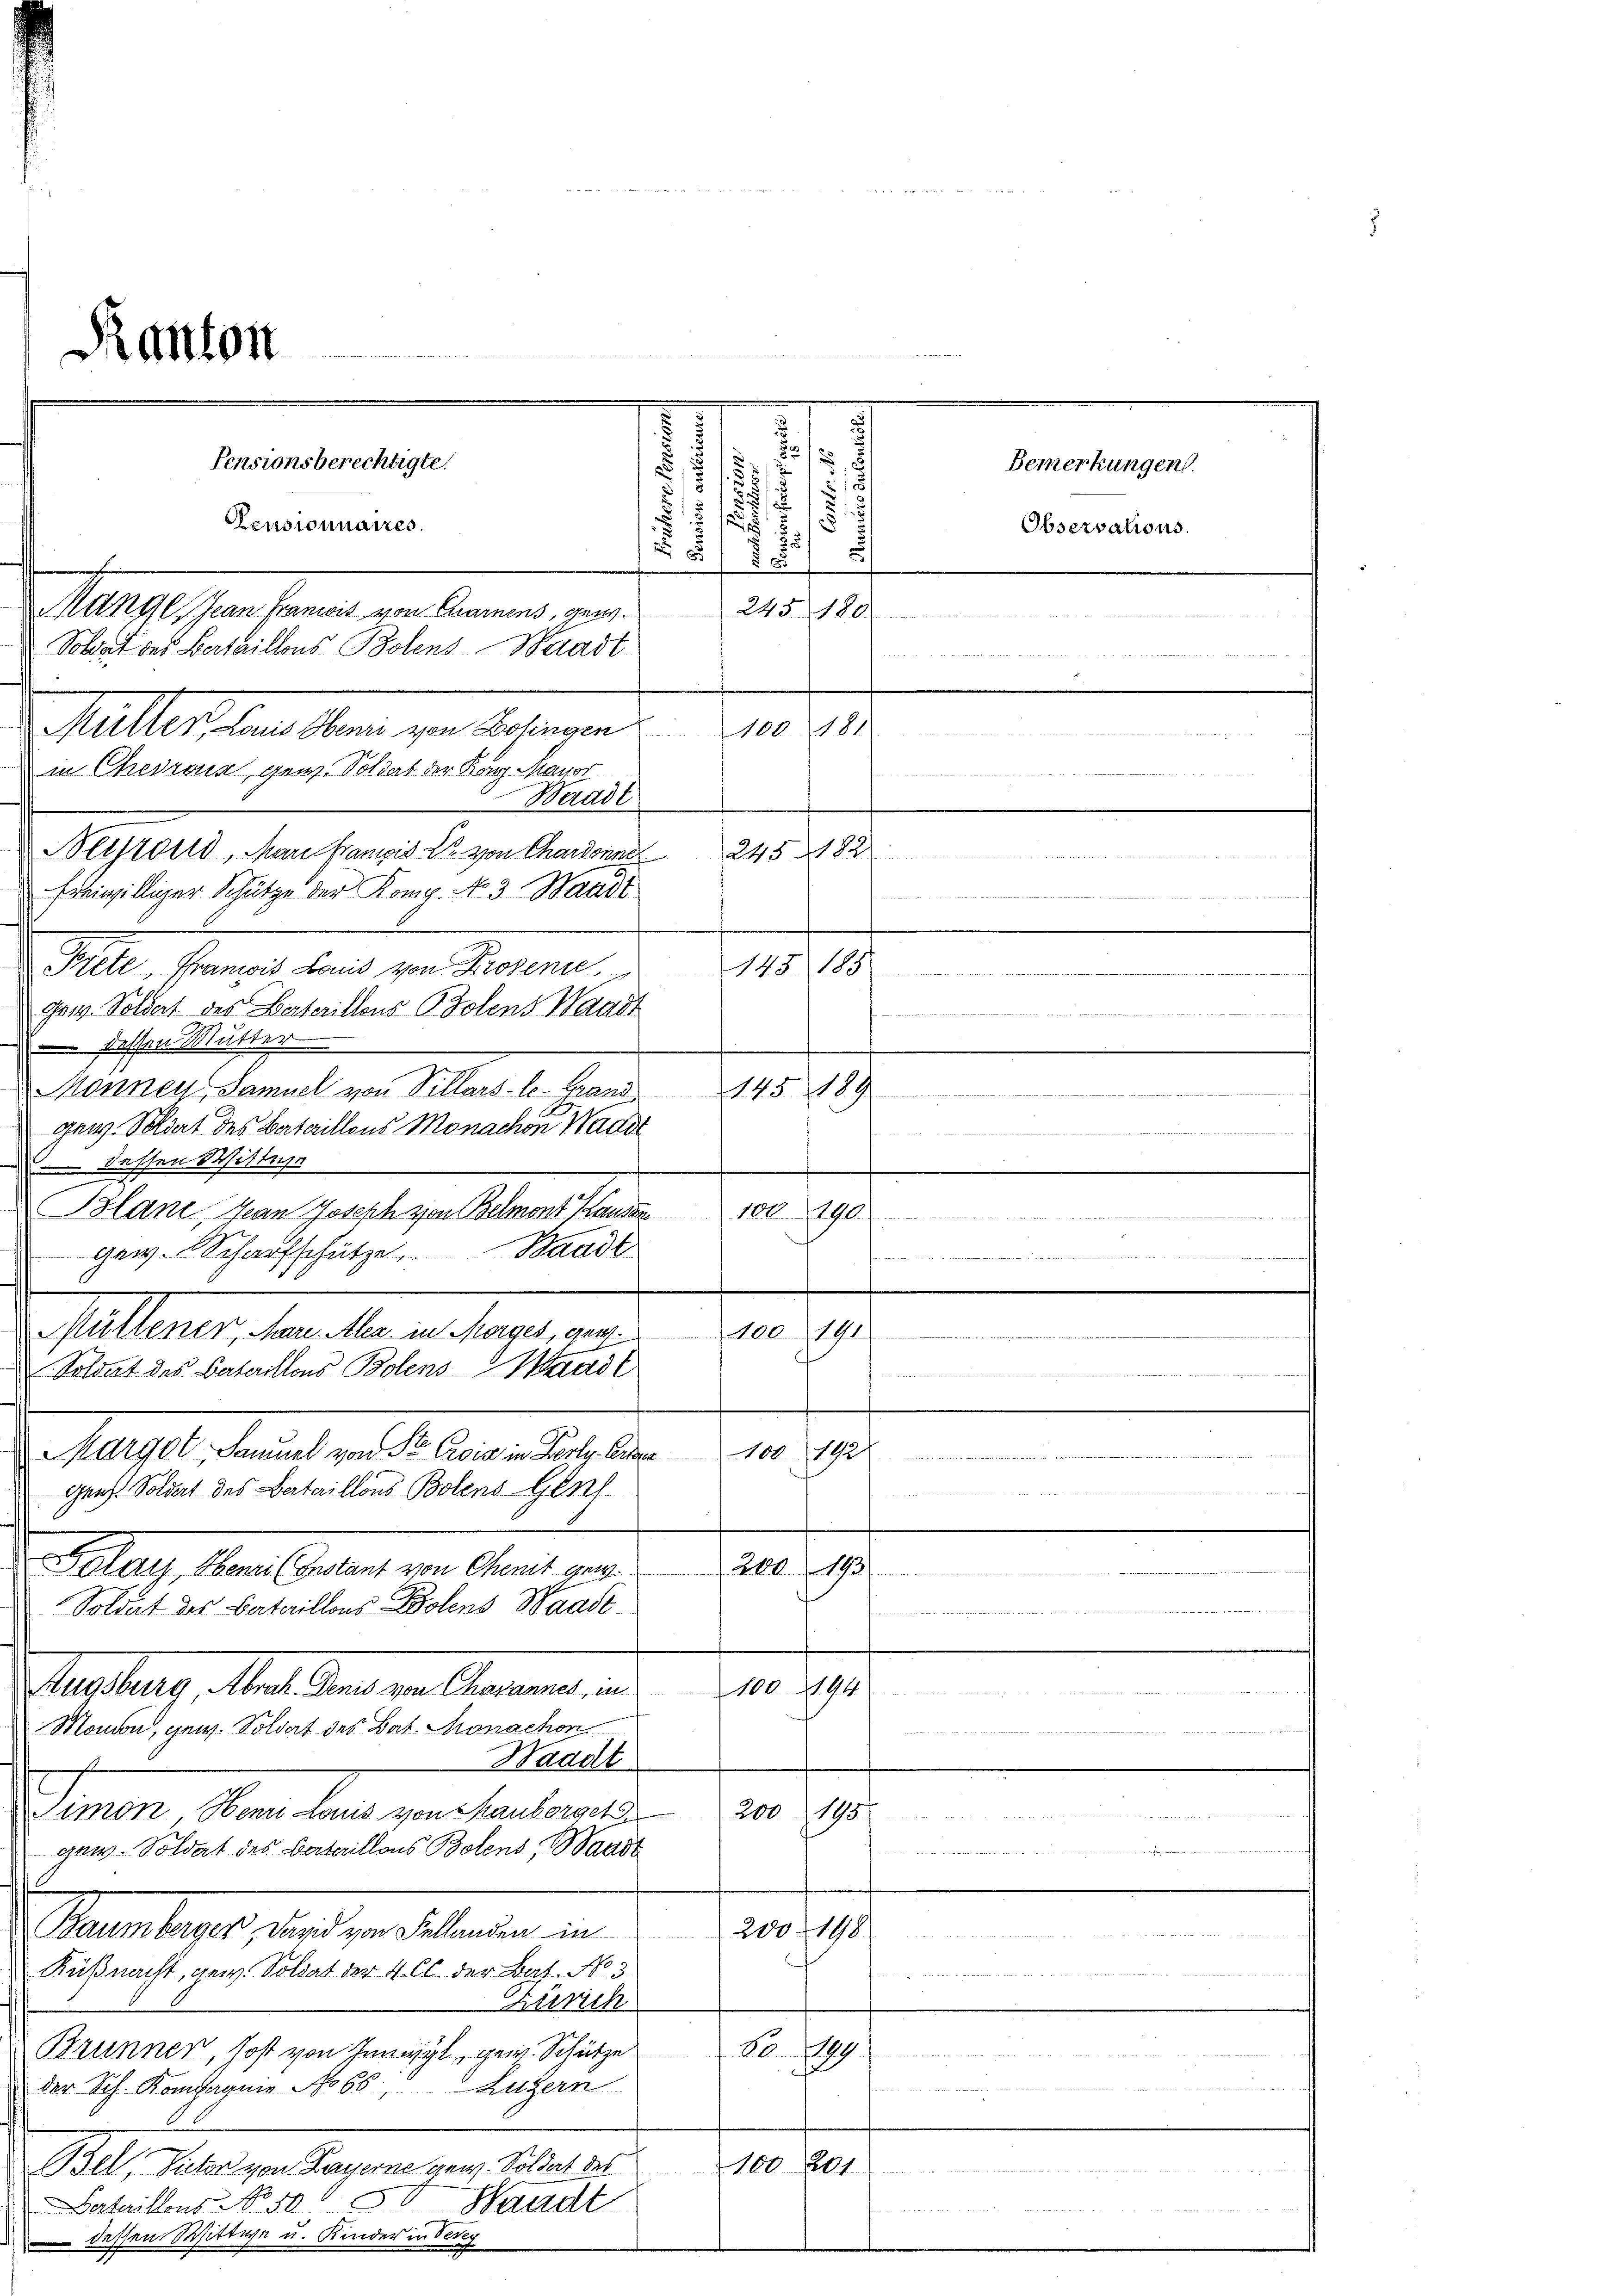
gege

.

Pensionsberechtigte.
Bemerkungen.
u
i
Observations.
.
s

Elter

s

d
de einfachen. Er das eine Recht der Kle
e
 Bitten
1887
Prete, Franzis Land von Prosens 143
get. Soldat des Bataillons Bolens Waadt
.
 dessen Mutter
Monney, Samuel von Villars-le-Grand 145. 189
gen. Soldat des Bataillens Monachen Wadi
.
s
dessen Mittage
Blanc, Jean Joseph von Belmont, Lausan
180. 190.
Waadt
gew. Schaufschütze
Pallerer Mariellenen langt, das
100-191
Soldat des Bataillons Bolens Wandl

Mater belast als einen lassen d. 20. Ju
.
Genf. Soldat des Bataillons Bolens- Genf.
un
.
200. 193
Saar, den Antrag von Gant par
Soldat des Bataillons Bolens Waadt
Augsburg, Abrecht. Denis von Charannes, in 100. 194
Mamon, gew. Soldat des Bat. Monachen

Waadt

Kanton

Simon Henn Louis von Mauborget
gew. Soldat des Bataillons Botens, Waadt
Baernklages, die von Malanten in
Küßnacht, gew. Soldat der 4. Cl. der Bas. No. 3.
Zürich
Brunnen, Post von Innwyl, gew. Schütze
der Sch. Kompagnie No 65. Luzern
Bell, Suter von Payerne gen. Soldat des
Bandt
Bertaillons No 1050.
 dessen Wittwe u. Kinder in Sch

Pensionnaires.
utngl, Jean Franzis von Charnens, gew. 245 180
Solant des Bertaillons Bolens Waadt
Müller, Laus Henri von Zofingen 100 181
in Chevrona, gew. Soldat der Kong. Mayor
Waadt
Beistand, Mare Franzis Dr. von Chardonne 245. 1822
freiwilliger Schütze der Komp. No 3. Waadt

200

200.

.

80. 199

198

1987

100 201.